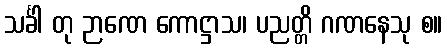
သင်္ခါ တု ဉာဏေ ကောဋ္ဌာသ၊ ပညတ္တိ ဂဏနေသု စ။